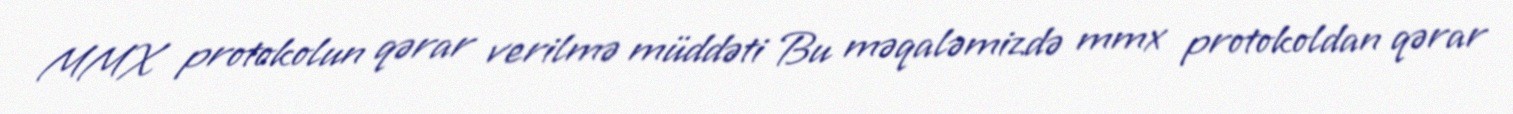
MMX protokolun qərar verilmə müddəti Bu məqaləmizdə mmx protokoldan qərar